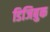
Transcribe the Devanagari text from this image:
डिजिबुक